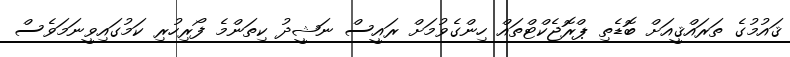
ޤައުމުގެ ތަރައްޤީއަށް ބޮޑެތި ޕްރޮޖެކްޓްތައް ހިންގެވުމަށް ރައީސް ނަޝީދު ކިތަންމެ ފޯރިހުރި ކަމުގައިވީނަމަވެސް